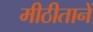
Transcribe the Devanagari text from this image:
मीठीतानें